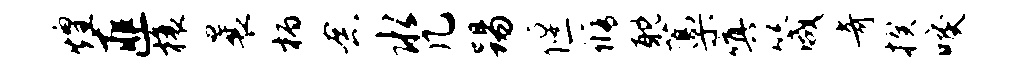
煌匪榱曩柄念水几踢偃修耽藁嗔箴奇揆唳